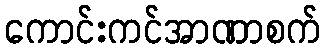
ကောင်းကင်အာဏာစက်